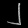
Digit: ၂